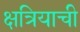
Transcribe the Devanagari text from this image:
क्षत्रियाची